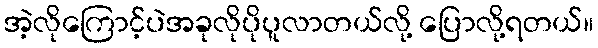
အဲ့လိုကြောင့်ပဲအခုလိုပိုပူလာတယ်လို့ ပြောလို့ရတယ်။